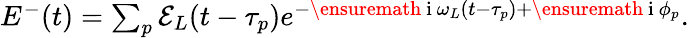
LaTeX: \begin{array}{r}{E^{-}(t)=\sum_{p}\mathcal{E}_{L}(t-\tau_{p})e^{-\ensuremath{\mathrm{~i~}}\omega_{L}(t-\tau_{p})+\ensuremath{\mathrm{~i~}}\phi_{p}}.}\end{array}